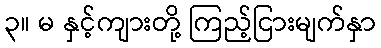
၃။ မ နှင့်ကျားတို့ ကြည့်ငြားမျက်နှာ